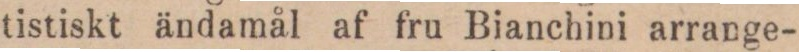
tistiskt ändamål af fru Bianchini arrange-